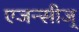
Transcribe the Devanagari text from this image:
एजन्सीज्